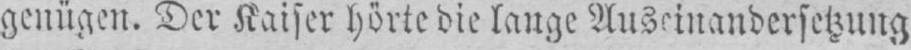
genügen. Der Kaiser hörte die lauge Auseinandersetzung